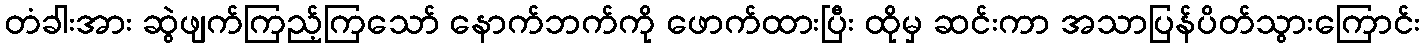
တံခါးအား ဆွဲဖျက်ကြည့်ကြသော် နောက်ဘက်ကို ဖောက်ထားပြီး ထိုမှ ဆင်းကာ အသာပြန်ပိတ်သွားကြောင်း